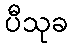
ပီသုခ